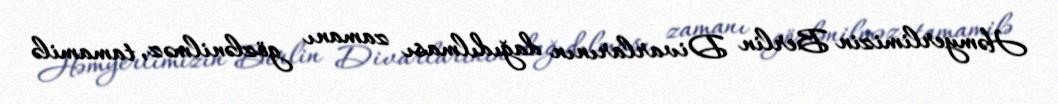
Həmyerlimizin Berlin Divarlarının dağıdılması zamanı gözlənilməz, tamamilə